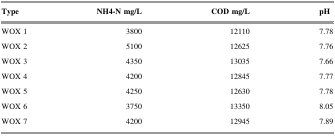
<table><thead><tr><td><b>Type</b></td><td><b>NH4-N mg/L</b></td><td><b>COD mg/L</b></td><td><b>pH</b></td></tr></thead><tbody><tr><td>WOX 1</td><td>3800</td><td>12110</td><td>7.78</td></tr><tr><td>WOX 2</td><td>5100</td><td>12625</td><td>7.76</td></tr><tr><td>WOX 3</td><td>4350</td><td>13035</td><td>7.66</td></tr><tr><td>WOX 4</td><td>4200</td><td>12845</td><td>7.77</td></tr><tr><td>WOX 5</td><td>4250</td><td>12630</td><td>7.78</td></tr><tr><td>WOX 6</td><td>3750</td><td>13350</td><td>8.05</td></tr><tr><td>WOX 7</td><td>4200</td><td>12945</td><td>7.89</td></tr></tbody></table>